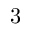
3